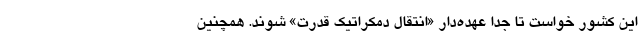
این کشور خواست تا جداً عهده‌دار «انتقال دمکراتیک قدرت» شوند. همچنین